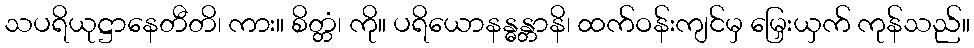
သပရိယုဋ္ဌာနေတီတိ၊ ကား။ စိတ္တံ၊ ကို။ ပရိယောနန္ဓန္တာနိ၊ ထက်ဝန်းကျင်မှ မြှေးယှက် ကုန်သည်။